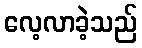
လေ့လာခဲ့သည်